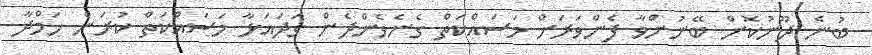
ބުނެ ދޫނުކޮށް ބޭނުންވާ ފެންވަރަށް މަސައްކަތް ގެނެވެންދެން ގަދައަޅާ މަސައްކަތް ކުރަން ހަމްދާ